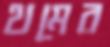
থমের